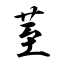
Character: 荎